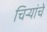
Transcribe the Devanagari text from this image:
चिर्‍यांचे